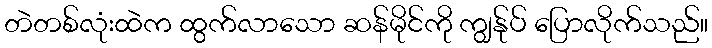
တဲတစ်လုံးထဲက ထွက်လာသော ဆန်မိုင်ကို ကျွန်ုပ် ပြောလိုက်သည်။